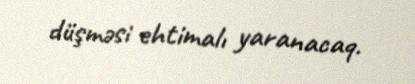
düşməsi ehtimalı yaranacaq.